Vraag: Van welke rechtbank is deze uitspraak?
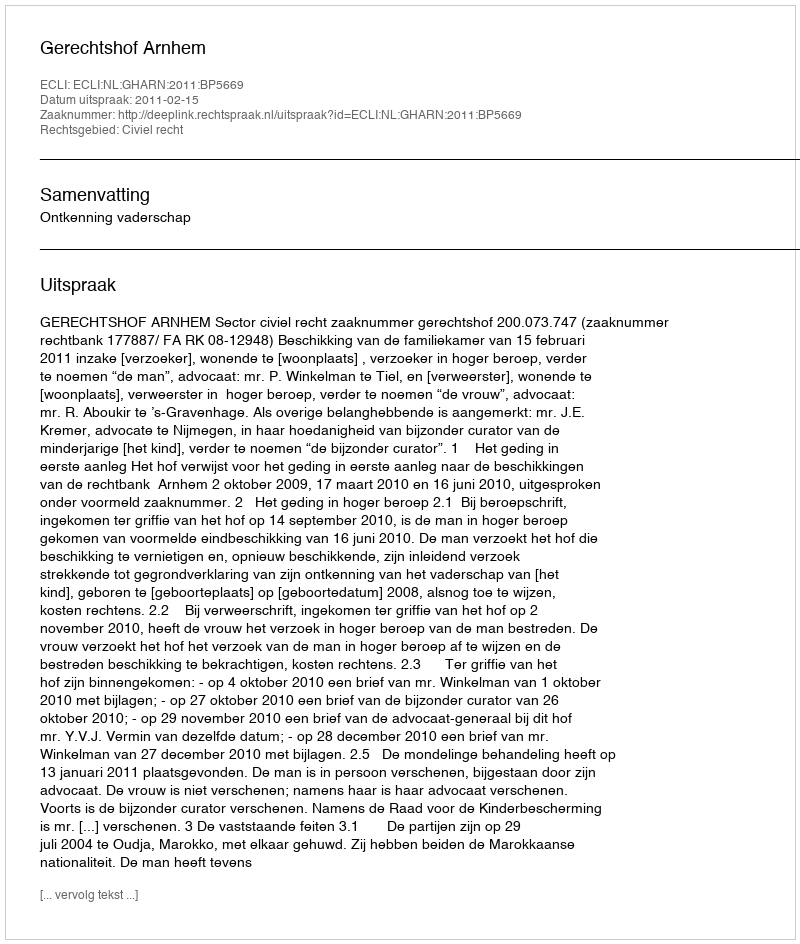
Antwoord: Gerechtshof Arnhem